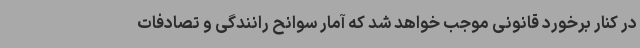
در کنار برخورد قانونی موجب خواهد شد که آمار سوانح رانندگی و تصادفات